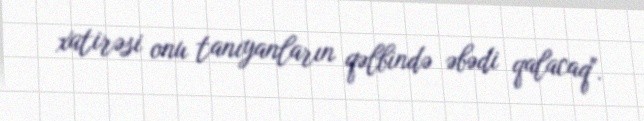
xatirəsi onu tanıyanların qəlbində əbədi qalacaq".